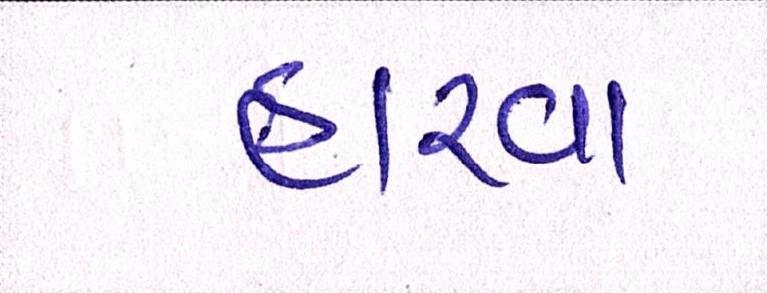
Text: હારવા